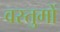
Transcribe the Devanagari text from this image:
वस्तुमों